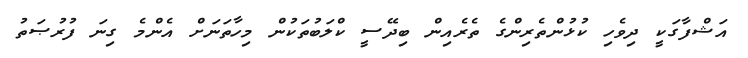
އަޝްފާގަކީ ދިވެހި ކުޅުންތެރިންގެ ތެރެއިން ބިދޭސީ ކްލަބުތަކުން މިހާތަނަށް އެންމެ ގިނަ ފުރުޞަތު